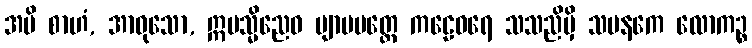
အပိ စာဟံ, အာဝုသော, ဣမသ္မိညေဝ ဗျာမမတ္တေ ကဠေဝရေ သသညိမှိ သမနကေ လောကဉ္စ